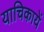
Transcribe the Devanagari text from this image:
याचिकायें